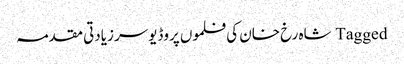
Tagged شاہ رخ خان کی فلموں پروڈیوسر زیادتی مقدمہ